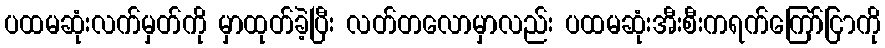
ပထမဆုံးလက်မှတ်ကို မှာထုတ်ခဲ့ပြီး လတ်တလောမှာလည်း ပထမဆုံးအီးစီးကရက်ကြော်ငြာကို